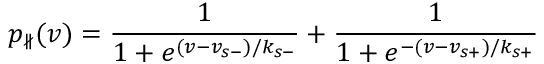
p _ { \nparallel } ( v ) = \frac 1 { 1 + e ^ { ( v - v _ { s - } ) / k _ { s - } } } + \frac 1 { 1 + e ^ { - ( v - v _ { s + } ) / k _ { s + } } }